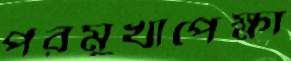
পরমুখাপেক্ষা